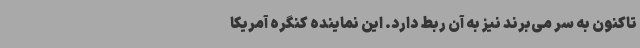
تاکنون به سر می‌برند نیز به آن ربط دارد. این نماینده کنگره آمریکا